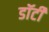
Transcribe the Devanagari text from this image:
डॉर्टी